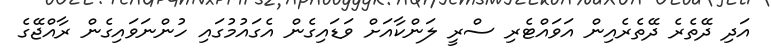
އަދި ދޭތެރެ ދޭތެރެއިން އަވައްޓެރި ސްރީ ލަންކާއަށް ވަޑައިގެން އެގައުމުގައި ހުންނަވައިގެން ރާއްޖޭގެ